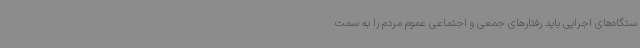
ستگاه‌های اجرایی باید رفتارهای جمعی و اجتماعی عموم مردم را به سمت